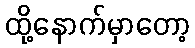
ထို့နောက်မှာတော့